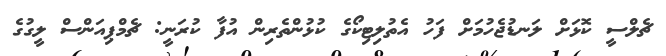
ޗެލްސީ ކޮޅަށް ލަނޑުޖެހުމަށް ފަހު އެތުލިޓިކޯގެ ކުޅުންތެރިން އުފާ ކުރަނީ: ޗެމްޕިއަންސް ލީގުގެ